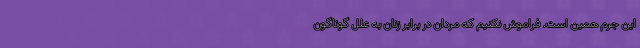
اين جرم همین است. فراموش نكنيم كه مردان در برابر زنان به علل گوناگون